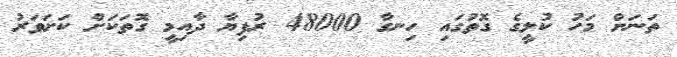
ތަނަށް މަހު ކުލީގެ ގޮތުގައި ހިނގާ 48000 ރުފިޔާ ދާއިމީ ގޮތަކަށް ކަށަވަރު